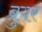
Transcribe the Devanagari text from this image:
ब्रुयर